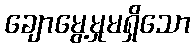
ချောမွေ့မှုမရှိသော